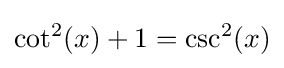
\cot ^{2}(x)+1=\csc ^{2}(x)